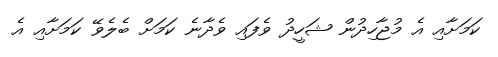
ކަމަށާއި އެ މުޖާހިދުން ޝަހީދު ވެފައި ވެދާނެ ކަމަށް ބެލެވޭ ކަމަށާއި އެ